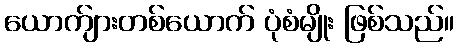
ယောက်ျားတစ်ယောက် ပုံစံမျိုး ဖြစ်သည်။